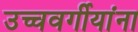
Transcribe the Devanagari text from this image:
उच्चवर्गीयांना